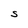
Character: S